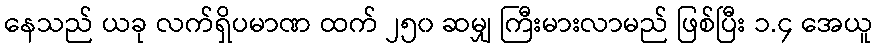
နေသည် ယခု လက်ရှိပမာဏ ထက် ၂၅၀ ဆမျှ ကြီးမားလာမည် ဖြစ်ပြီး ၁.၄ အေယူ